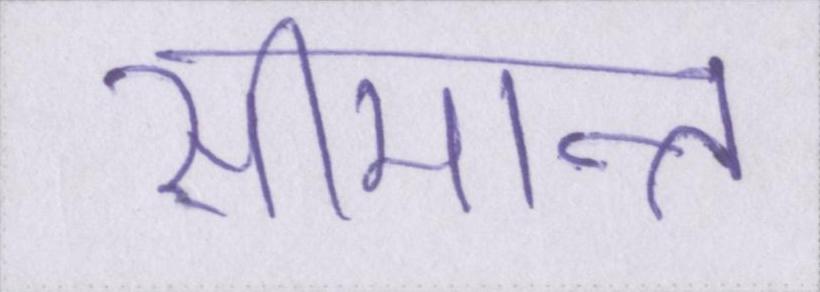
सीमान्त